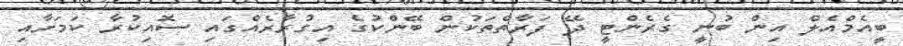
ބީއެމްއެލް އިން ބުނީ ގެރެންޓީ ދޭ ފަރާތްތަކުން ބޭންކުގެ އިގުރާރެއްގައި ސޮއިކުރާ ކަމަށާއި